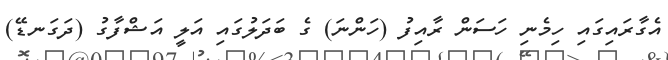
އެގާރައިގައި ހިމެނި ހަސަން ރާއިފު (ހަންނަ) ގެ ބަދަލުގައި އަލީ އަޝްފާގު (ދަގަނޑޭ)